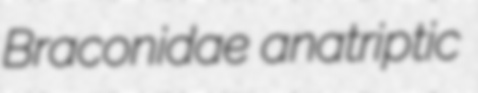
Braconidae anatriptic